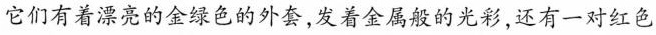
它们有着漂亮的金绿色的外套，发着金属般的光彩，还有一对红色